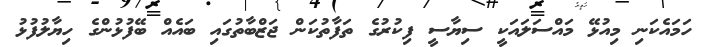
ހަމައެކަނި މިއުޅޭ މައްސަލައަކީ ސިޔާސީ ފިކުރުގެ ތަފާތުކަން ޖަޒްބާތުގައި ބައެއް ބޭފުޅުންގެ ހިޔާލުފުޅު